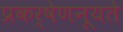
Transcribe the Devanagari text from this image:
प्रकर्षेणनूयते